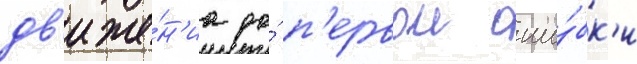
дв'иже́н'иа до́ п'ервои оши́бк'и